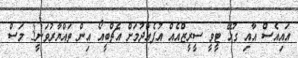
އައިއެސް އާއި ގުޅޭ ޓީވީ ސީރީޒްއެއް އުފެއްދުމަށް އެޗްބީއޯ އިން ތައްޔާރުވަނީ3 މަސް